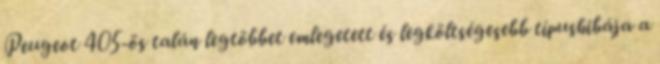
Peugeot 405-ös talán legtöbbet emlegetett és legköltségesebb típushibája a